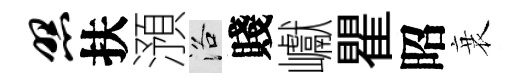
照扶澦洛賤巘瞿昭衰